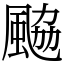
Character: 䬅